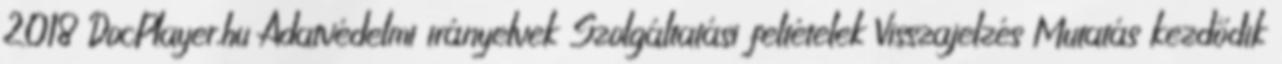
2018 DocPlayer.hu Adatvédelmi irányelvek Szolgáltatási feltételek Visszajelzés Mutatás kezdődik